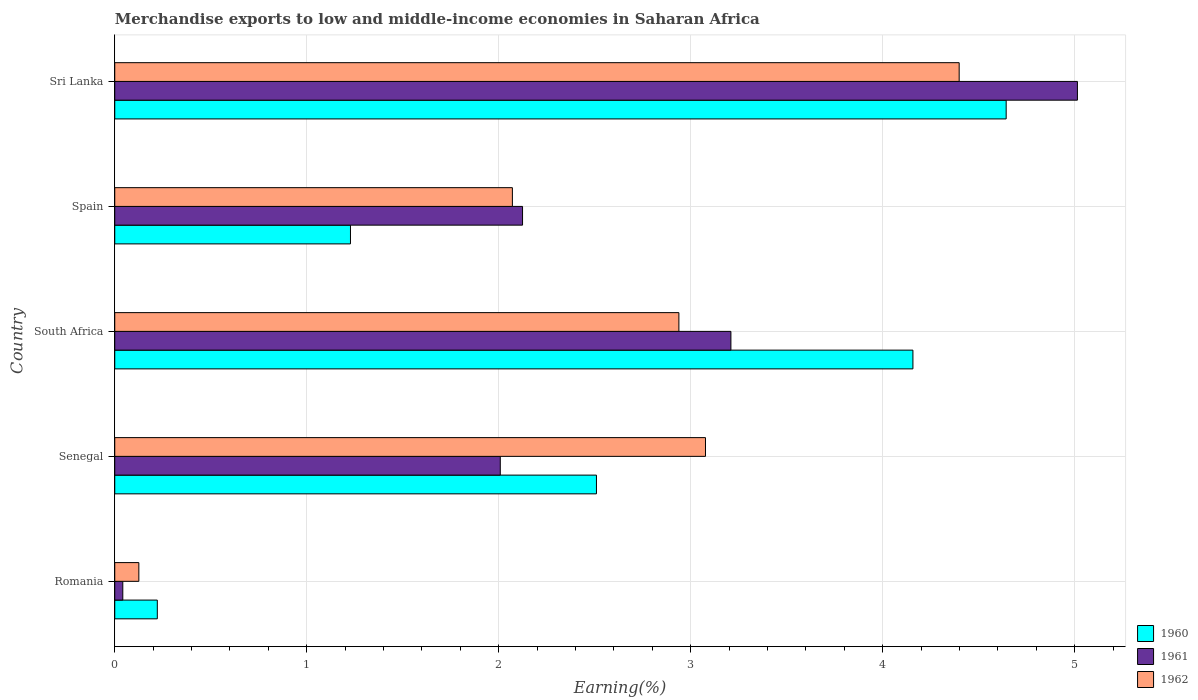
| Country | 1960 | 1961 | 1962 |
 | --- | --- | --- | --- |
 | Romania | 0.222 | 0.0419 | 0.125 |
 | Senegal | 2.51 | 2.01 | 3.08 |
 | South Africa | 4.16 | 3.21 | 2.94 |
 | Spain | 1.23 | 2.12 | 2.07 |
 | Sri Lanka | 4.64 | 5.01 | 4.4 |